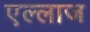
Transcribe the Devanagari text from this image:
एल्लाज